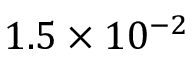
1 . 5 \times 1 0 ^ { - 2 }